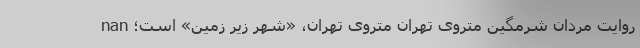
nan روایت مردان شرمگین متروی تهران متروی تهران، «شهرِ زیرِ زمین» است؛